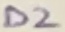
Text: D2